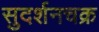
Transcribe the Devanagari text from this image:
सुदर्शनचक्र